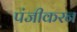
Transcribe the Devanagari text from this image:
पंजीकरन